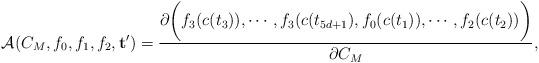
LaTeX: \begin{align*}\mathcal A(C_M, f_0, f_1, f_2, \mathbf t')={\partial \biggl(f_3(c(t_3)), \cdots, f_3(c(t_{5d+1}), f_0(c(t_1)), \cdots, f_2(c(t_2))\biggr)\over \partial C_M}, \end{align*}